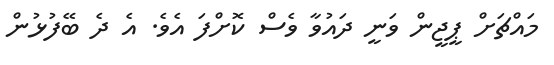
މައްޗަށް ޕީޖީން ވަނީ ދައުވާ ވެސް ކޮށްފަ އެވެ. އެ ދެ ބޭފުޅުން